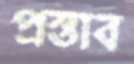
প্রস্তাব